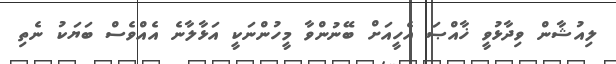
ލިއުޝާން ވިދާޅުވީ ޚާއްޞަ އެހީއަށް ބޭނުންވާ މީހުންނަކީ އަޅާލާނެ އެއްވެސް ބަޔަކު ނެތި